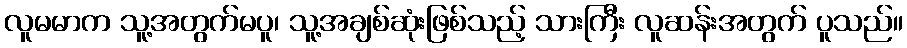
လူမမာက သူ့အတွက်မပူ၊ သူ့အချစ်ဆုံးဖြစ်သည့် သားကြီး လူဆန်းအတွက် ပူသည်။